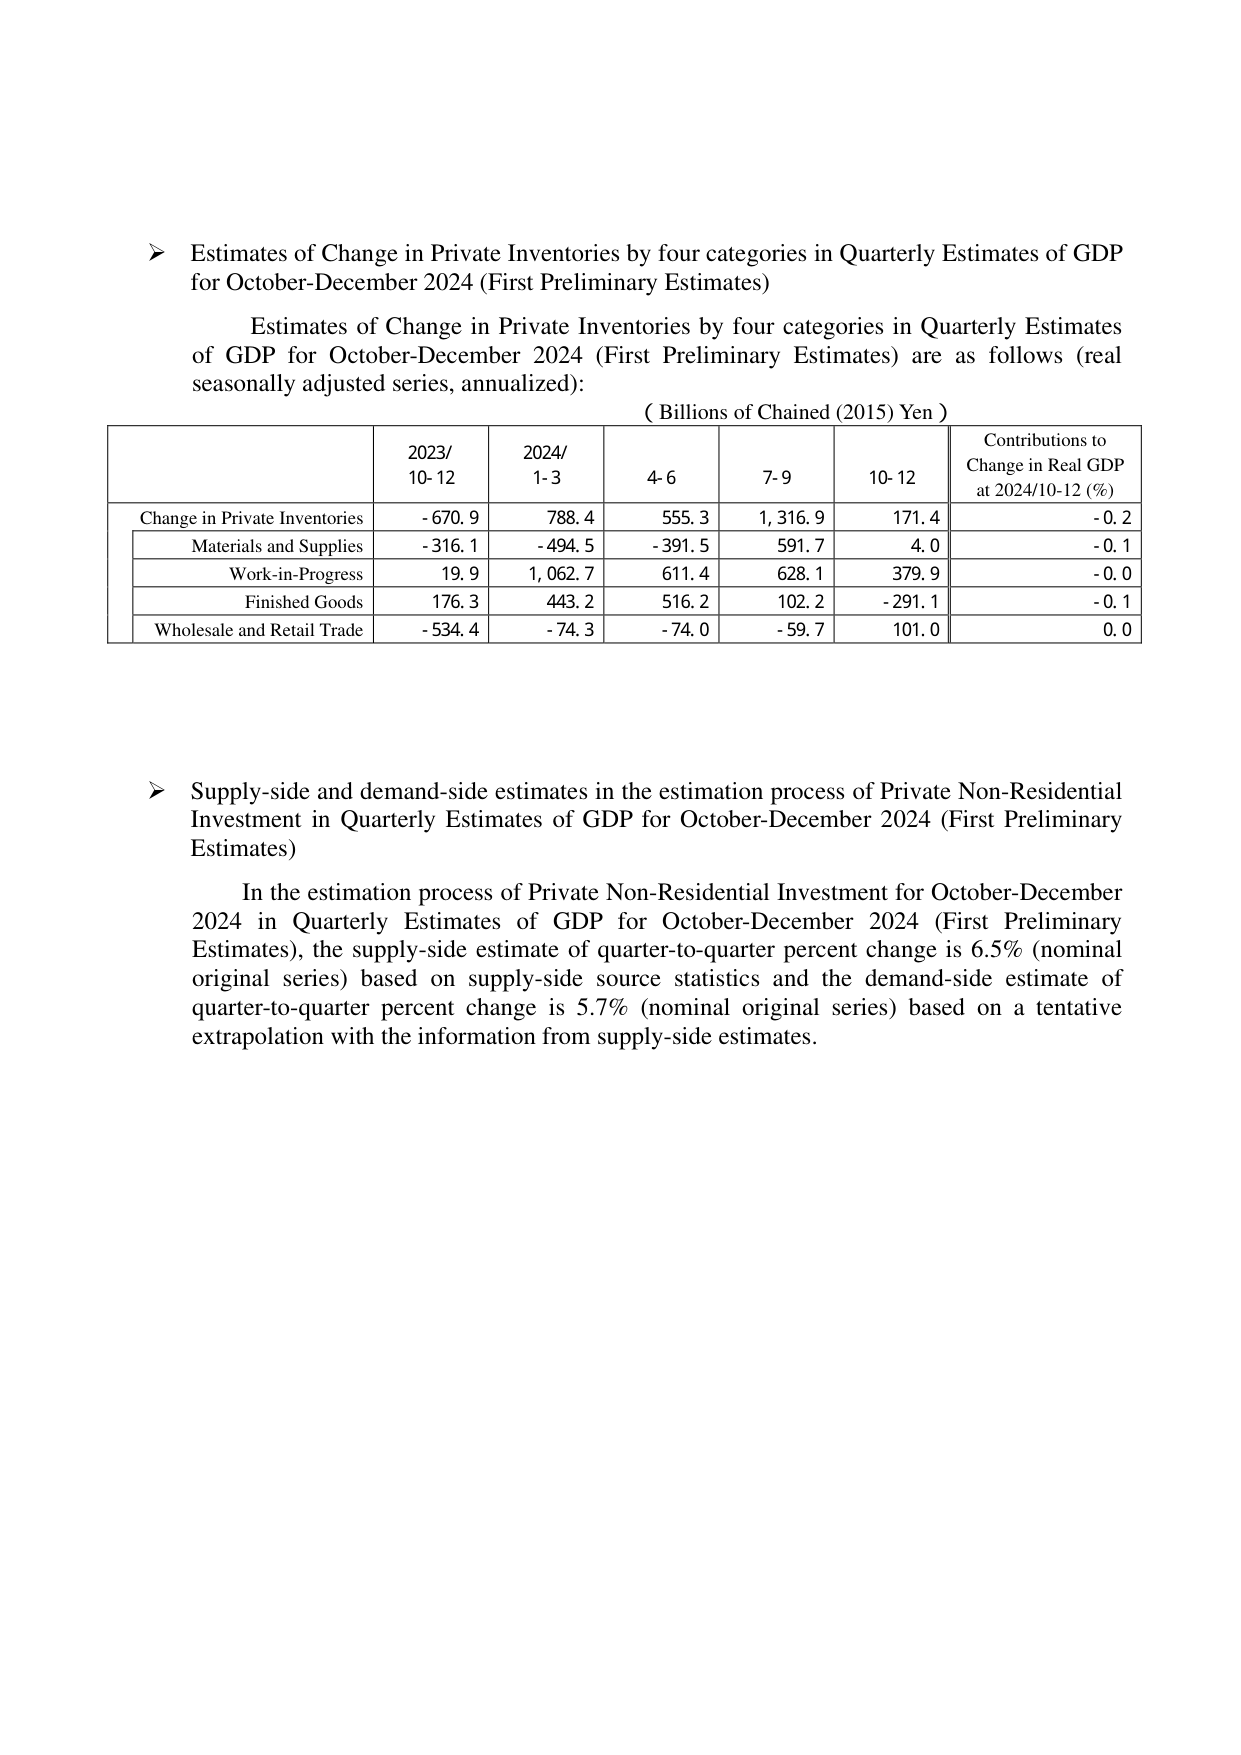
➤ Estimates of Change in Private Inventories by four categories in Quarterly Estimates of GDP for October-December 2024 (First Preliminary Estimates)

Estimates of Change in Private Inventories by four categories in Quarterly Estimates of GDP for October-December 2024 (First Preliminary Estimates) are as follows (real seasonally adjusted series, annualized):

(Billions of Chained (2015) Yen)

| | 2023/10-12 | 2024/1-3 | 4-6 | 7-9 | 10-12 | Contributions to Change in Real GDP at 2024/10-12 (%) |
|---|---|---|---|---|---|---|
| Change in Private Inventories | -670.9 | 788.4 | 555.3 | 1,316.9 | 171.4 | -0.2 |
| Materials and Supplies | -316.1 | -494.5 | -391.5 | 591.7 | 4.0 | -0.1 |
| Work-in-Progress | 19.9 | 1,062.7 | 611.4 | 628.1 | 379.9 | -0.0 |
| Finished Goods | 176.3 | 443.2 | 516.2 | 102.2 | -291.1 | -0.1 |
| Wholesale and Retail Trade | -534.4 | -74.3 | -74.0 | -59.7 | 101.0 | 0.0 |

➤ Supply-side and demand-side estimates in the estimation process of Private Non-Residential Investment in Quarterly Estimates of GDP for October-December 2024 (First Preliminary Estimates)

In the estimation process of Private Non-Residential Investment for October-December 2024 in Quarterly Estimates of GDP for October-December 2024 (First Preliminary Estimates), the supply-side estimate of quarter-to-quarter percent change is 6.5% (nominal original series) based on supply-side source statistics and the demand-side estimate of quarter-to-quarter percent change is 5.7% (nominal original series) based on a tentative extrapolation with the information from supply-side estimates.